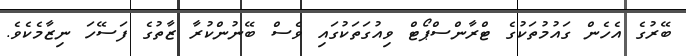
ބޭރުގެ އެހެން ގައުމުތަކުގެ ޓްރާންސްޕޯޓް ވިއުގަތަކުގައި ވެސް ބޭނުންކުރާ ޒާތުގެ ފަސޭހަ ނިޒާމެކެވެ.